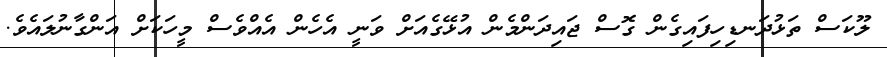
ލޫކަސް ތަޅުދަނޑިހިފައިގެން ގޮސް ޖައިދަންމެން އުޅޭގެއަށް ވަނީ އެހެން އެއްވެސް މީހަކަށް އަންގާނުލައެވެ.